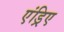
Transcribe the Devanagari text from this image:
एंड्रिए